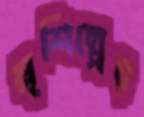
মৃশিল্পের